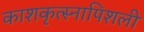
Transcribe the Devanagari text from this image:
काशकृत्स्नापिशली